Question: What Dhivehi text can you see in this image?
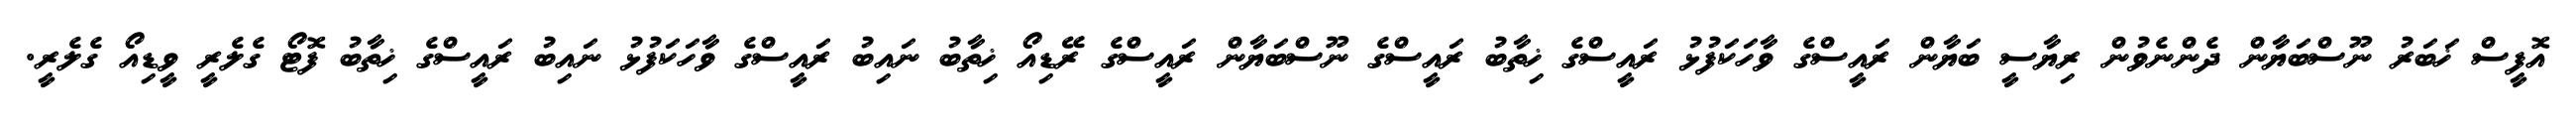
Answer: އޮފީސް ޚަބަރު ނޫސްބަޔާން ދެންނެވުން ރިޔާސީ ބަޔާން ރައީސްގެ ވާހަކަފުޅު ރައީސްގެ ޚިތާބު ރައީސްގެ ނޫސްބަޔާން ރައީސްގެ ރޭޑިއޯ ޚިތާބު ނައިބު ރައީސްގެ ވާހަކަފުޅު ނައިބު ރައީސްގެ ޚިތާބު ފޮޓޯ ގެލެރީ ވީޑިއޯ ގެލެރީ.